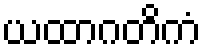
ယထာဂတိကံ